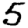
Digit: 5